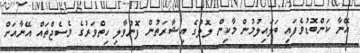
އޭނާ ކަންބޮޑުވެފައި ބަލައިލުމުން މާކިން ލޮލުގެ އިޝާރަތުން ފޮނުވާލި ހިތްވަރުގެ މެސެޖްތައް އޭނާއަށް